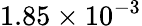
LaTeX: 1.85\times 10^{-3}